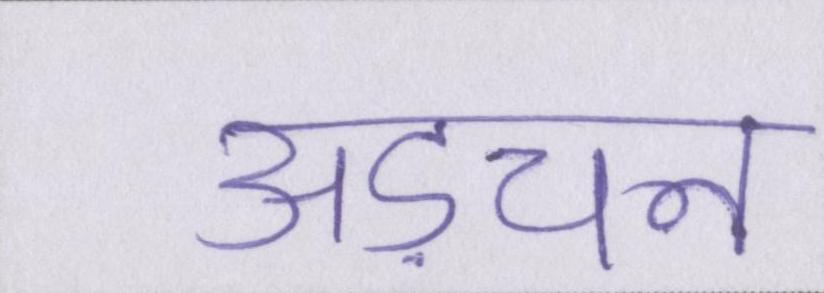
अड़चन